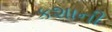
કશાની